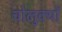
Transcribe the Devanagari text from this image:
चोलुक्यों